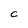
Character: C